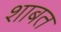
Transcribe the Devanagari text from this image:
शाबत